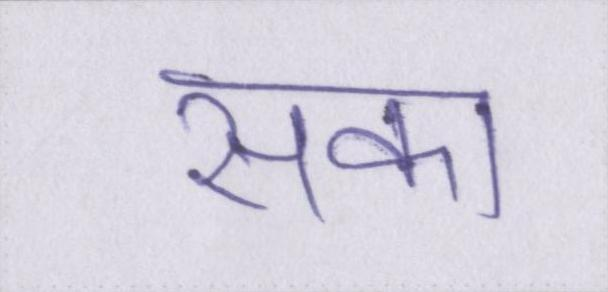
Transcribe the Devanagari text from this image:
सका